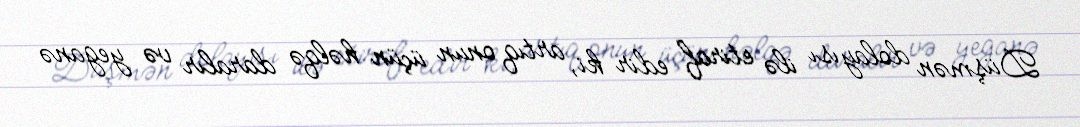
Düşmən dolayısı ilə etiraf edir ki, artıq onun üçün həlqə daralır və yeganə